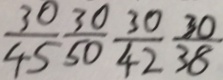
\frac { 3 0 } { 4 5 } \frac { 3 0 } { 5 0 } \frac { 3 0 } { 4 2 } \frac { 3 0 } { 3 8 }